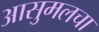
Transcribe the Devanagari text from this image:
आसुमलचा